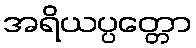
အရိယပ္ပတ္တော